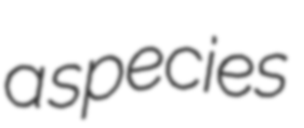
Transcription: a species